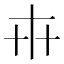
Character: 𠦃